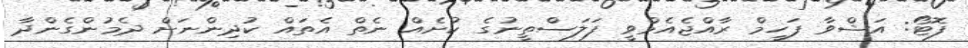
ފޮޓޯ: އަޝްވާ ފަހީމް ރާއްޖެއެމްވީ ފަލަސްތީނުގެ ކުށެއް ނެތް އެތައް ކުދިންނަށް ދެމުންގެންދާ